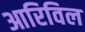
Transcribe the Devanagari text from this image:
आरिविल